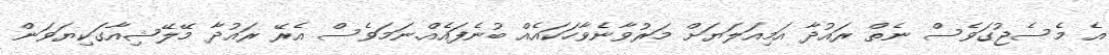
އެ މެސެޖުގަވެސް ނެތް ރައުދާ އަމިއަލަޔަށް މަރުވާނެވާހަކައެއް ބުނެފައެއް.ނަމަވެސް އެރޭ ރައުދާ މޭލޭޝިއާގަކިޔަވަން